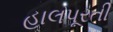
હાલપૂરતી